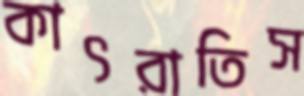
কাৎরাতিস